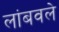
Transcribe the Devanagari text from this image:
लांबवले